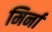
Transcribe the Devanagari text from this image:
मिर्ना